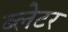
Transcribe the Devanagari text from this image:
ब्लेटर